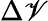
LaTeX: \Delta\mathscr{V}